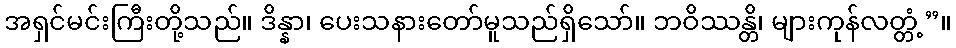
အရှင်မင်းကြီးတို့သည်။ ဒိန္နာ၊ ပေးသနားတော်မူသည်ရှိသော်။ ဘဝိဿန္တိ၊ များကုန်လတ္တံ့”။